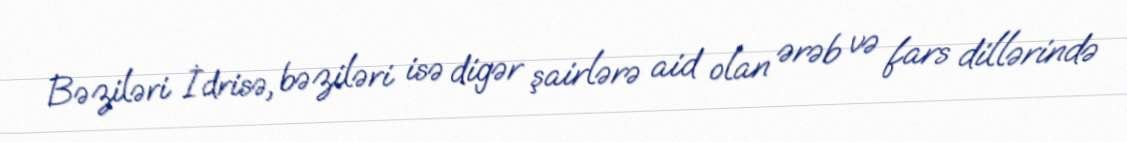
Bəziləri İdrisə, bəziləri isə digər şairlərə aid olan ərəb və fars dillərində